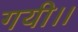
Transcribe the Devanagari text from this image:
गयी।।